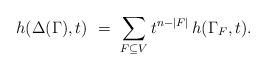
LaTeX: \begin{align*} h(\Delta(\Gamma), t) \ = \ \sum_{F \subseteq V} t^{n-|F|} \, h(\Gamma_F, t).\end{align*}